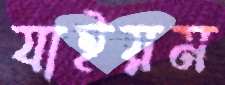
যাইয়ম